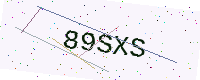
Text: 89SXS